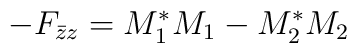
-F_{\bar{z}z}=M^{\ast}_1M_1-M^{\ast}_2M_2